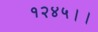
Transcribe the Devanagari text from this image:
१२४५।।